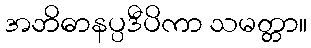
အဘိဓာနပ္ပဒီပိကာ သမတ္တာ။